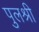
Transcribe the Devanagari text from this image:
पुलश्री